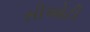
સીઓટી